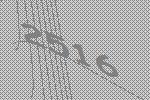
2516